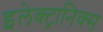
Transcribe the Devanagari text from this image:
इलेक्ट्रानिक्स